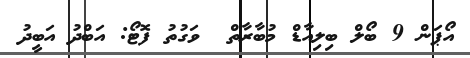
އޯޕަން 9 ބޯލް ބިލިއާޑް މުބާރާތް  ވަގުތު ފޮޓޯ: އަބްދު އަބީދު